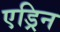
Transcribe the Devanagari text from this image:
एड्रिन